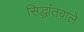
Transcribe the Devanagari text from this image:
सिद्धांतवाले